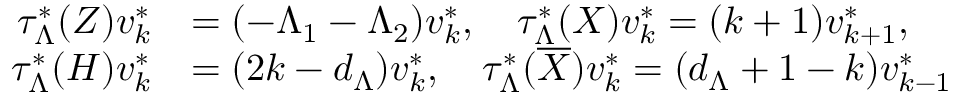
\begin{array} { r l } { \tau _ { \Lambda } ^ { * } ( Z ) v _ { k } ^ { * } } & { = ( - \Lambda _ { 1 } - \Lambda _ { 2 } ) v _ { k } ^ { * } , \quad \tau _ { \Lambda } ^ { * } ( X ) v _ { k } ^ { * } = ( k + 1 ) v _ { k + 1 } ^ { * } , } \\ { \tau _ { \Lambda } ^ { * } ( H ) v _ { k } ^ { * } } & { = ( 2 k - d _ { \Lambda } ) v _ { k } ^ { * } , \quad \tau _ { \Lambda } ^ { * } ( \overline { { X } } ) v _ { k } ^ { * } = ( d _ { \Lambda } + 1 - k ) v _ { k - 1 } ^ { * } } \end{array}